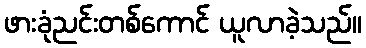
ဖားခုံညင်းတစ်ကောင် ယူလာခဲ့သည်။